Annual statistical returns and brief notes on vaccination in Bengal - 1887-1898
Year: 1887
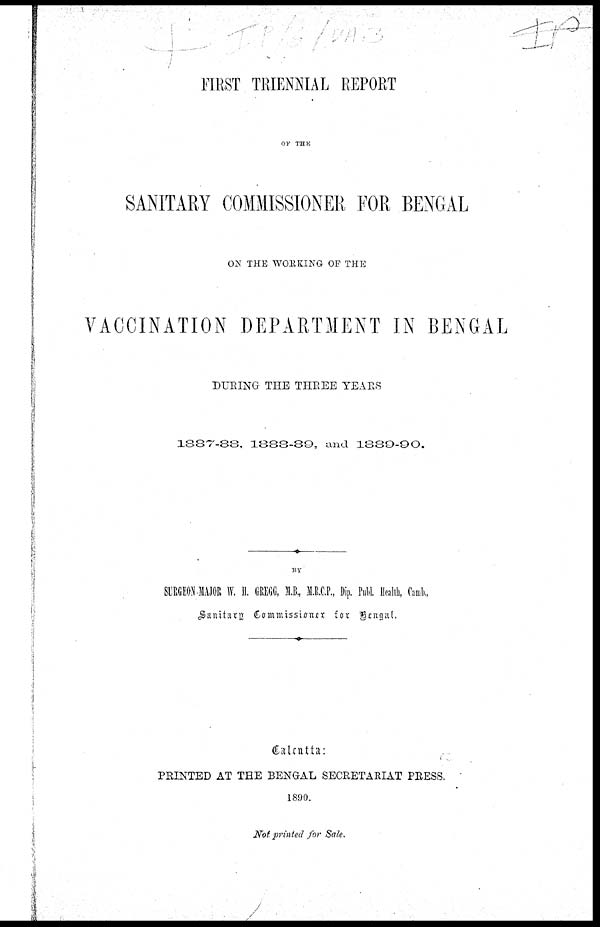
FIRST TRIENNIAL REPORT
OF THE
SANITARY COMMISSIONER FOR BENGAL
ON THE WORKING OF THE
VACCINATION DEPARTMENT IN BENGAL
DURING THE THREE YEARS
1887-88, 1888-89, and 1889-90.
BY
SURGEON- MAJOR W. H. GREGG, M. B. , M. R. C. P. , Dip. Publ. Health, Camb. ,
Sanitary Commissioner for Bengal.
Calcutta:
PRINTED AT THE BENGAL SECRETARIAT PRESS.
1890.
Not printed for Sale.